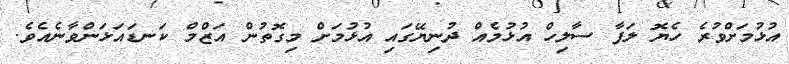
އުޅުމަށްވުރެ ހެޔޮ ލަފާ ސާލިހް އުޅުމެއް ދުނިޔޭގައި އުޅުމަށް މިގޮތުން އަޒްމް ކަނޑައަޅަންވާނެއެވެ.